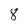
Character: 8